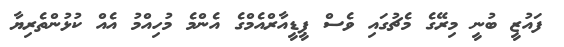
ފައުޒީ ބުނީ މިރޭގެ މެޗުގައި ވެސް ޕީޑީއާރްއެމްގެ އެންމެ މުހިއްމު އެއް ކުޅުންތެރިޔާ